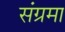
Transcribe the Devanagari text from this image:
संग्रमा